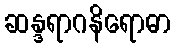
ဆန္ဒရာဂနိရောဓာ